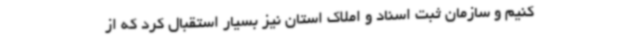
کنیم و سازمان ثبت اسناد و املاک استان نیز بسیار استقبال کرد که از